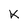
Character: K